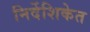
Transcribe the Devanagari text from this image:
निर्देशिकेत